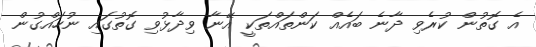
އެ ގޮތުން ކުރެވި ދާނެ ބައެއް ކަންތައްތަކީ އޭނާ ވިދާޅުވި ގޮތުގައި ނުހައްގުން